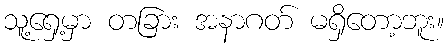
သူ့ရှေ့မှာ တခြား အနာဂတ် မရှိတော့ဘူး။